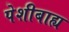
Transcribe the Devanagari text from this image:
पेशीबाह्य